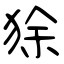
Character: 狳